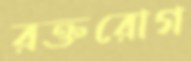
রক্তরোগ